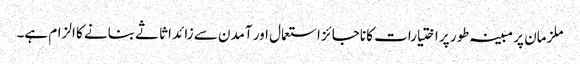
ملزمان پر مبینہ طور پر اختیارات کا ناجائز استعمال اور آمدن سے زائد اثاثے بنانے کا الزام ہے۔